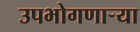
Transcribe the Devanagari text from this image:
उपभोगणार्‍या